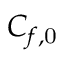
C _ { f , \mathrm { 0 } }